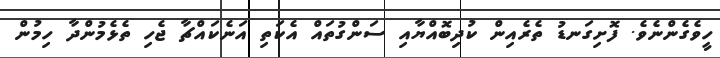
ހީވެގެންނެވެ. ފޮށިގަނޑު ތެރެއިން ކުދިބޮއްޔާއި ސަންގުތައް އެކަތި އަނެކައްޗާ ޖެހި ތެޅެމުންދާ ހިމުން